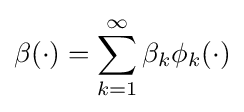
\beta (\cdot )=\sum _{k=1}^{\infty }\beta _{k}\phi _{k}(\cdot )